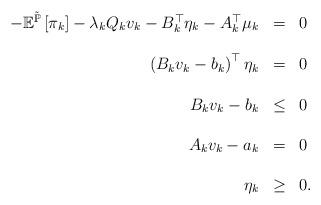
LaTeX: \begin{align*}\begin{array}{rcl}-\mathbb{E}^{\tilde{\mathbb{P}}}\left[\pi_{k}\right]-\lambda_{k}Q_{k}v_{k}-B_{k}^{\top}\eta_{k}-A_{k}^{\top}\mu_{k} & = & 0\\\\\left(B_{k}v_{k}-b_{k}\right)^{\top}\eta_{k} & = & 0\\\\B_{k}v_{k}-b_{k} & \leq & 0\\\\A_{k}v_{k}-a_{k} & = & 0\\\\\eta_{k} & \geq & 0.\end{array}\end{align*}